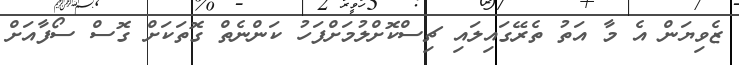
ޒެވިޔަން އެ މާ އަތު ތެރޭގައިލައި ޗިސްކޮށްލުމަށްފަހު ކަންނެތް ގޮތަކަށް ގޮސް ސޯފާއަށް